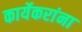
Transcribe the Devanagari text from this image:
कार्येकरांना